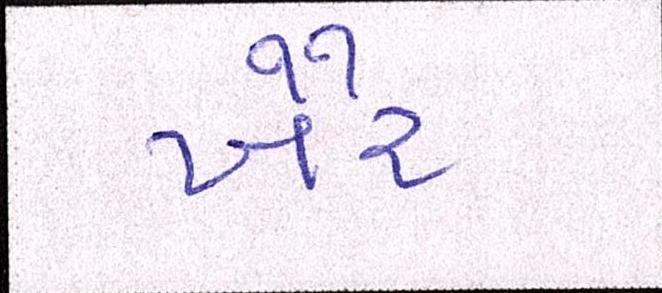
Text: ખૈર